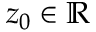
z _ { 0 } \in \mathbb { R }